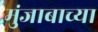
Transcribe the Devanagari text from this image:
मुंजाबाच्या